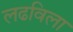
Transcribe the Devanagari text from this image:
लढविला